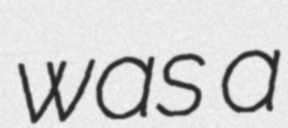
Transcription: was a